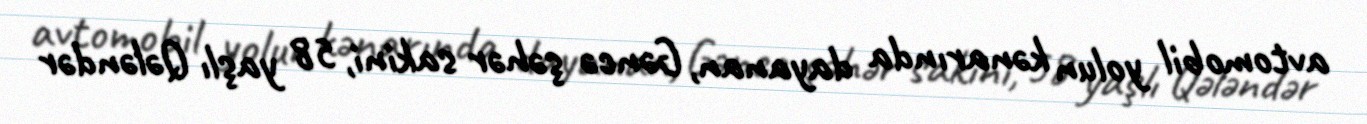
avtomobil yolun kənarında dayanan, Gəncə şəhər sakini, 58 yaşlı Qələndər